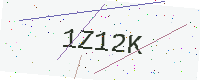
Text: 1Z12K